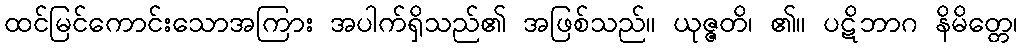
ထင်မြင်ကောင်းသောအကြား အပါက်ရှိသည်၏ အဖြစ်သည်။ ယုဇ္ဇတိ၊ ၏။ ပဋိဘာဂ နိမိတ္တေ၊